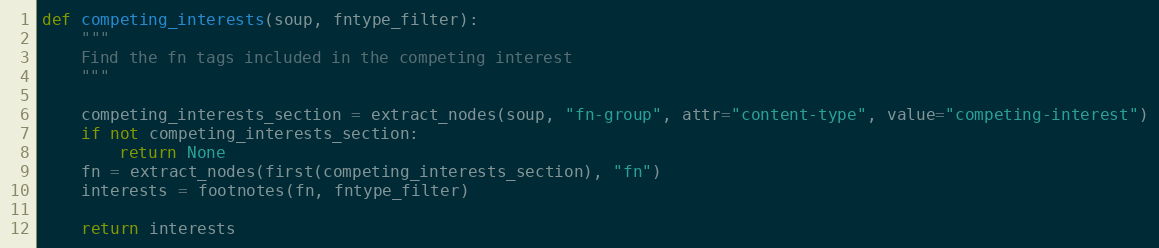
Language: Python
def competing_interests(soup, fntype_filter):
    """
    Find the fn tags included in the competing interest
    """

    competing_interests_section = extract_nodes(soup, "fn-group", attr="content-type", value="competing-interest")
    if not competing_interests_section:
        return None
    fn = extract_nodes(first(competing_interests_section), "fn")
    interests = footnotes(fn, fntype_filter)

    return interests